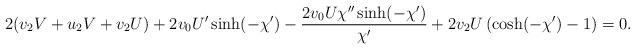
LaTeX: \begin{align*}2 (v_2 V + u_2 V + v_2 U) + 2v_0 U'\sinh(-\chi') - \frac{2v_0 U \chi''\sinh(-\chi')}{\chi'} + 2v_2 U \left(\cosh(-\chi')-1\right) = 0.\end{align*}